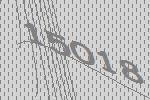
15018